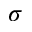
\sigma